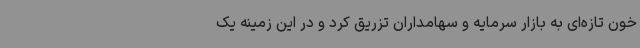
خون تازه‌ای به بازار سرمایه و سهامداران تزریق کرد و در این زمینه یک